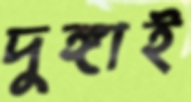
দুঙ্গাই